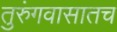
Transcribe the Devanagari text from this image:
तुरुंगवासातच